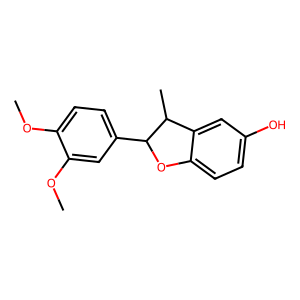
SMILES: COc1ccc(C2Oc3ccc(O)cc3C2C)cc1OC
Inhibits HIV replication: No